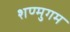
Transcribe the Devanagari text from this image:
शण्मुगम